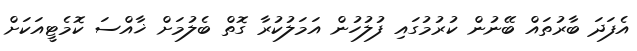
އެފަދަ ބާރުތައް ބޭނުން ކުރުމުގައި ފުލުހުން އަމަލުކުރާ ގޮތް ބެލުމަށް ޚާއްސަ ކޮމެޓީއަކަށް